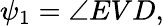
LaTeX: \psi_{1}=\angle EVD,